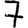
Digit: 7